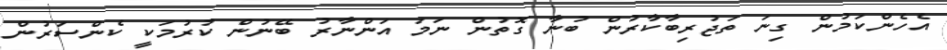
އެހެންކަމުން ގިނަ ތަޖުރިބާކާރުން ބުނާ ގޮތުން ނަމަ އަންނާރު ބޭނުން ކުރުމަކީ ކެންސަރުން